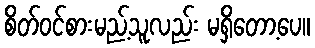
စိတ်ဝင်စားမည့်သူလည်း မရှိတော့ပေ။